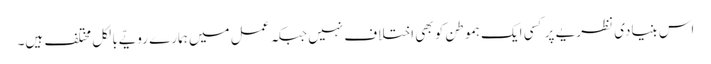
اس بنیادی نظریے پر کسی ایک ہموطن کو بھی اختلاف نہیں جبکہ عمل میں ہمارے رویّے بالکل مختلف ہیں۔